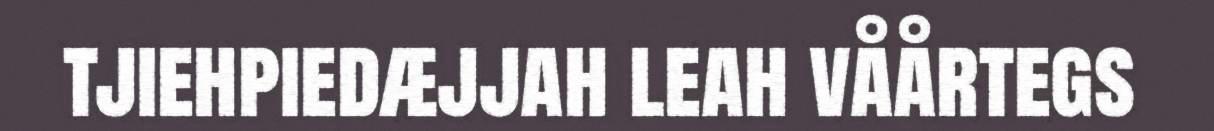
tjiehpiedæjjah leah våårtegs